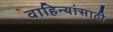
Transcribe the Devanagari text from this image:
वाहिन्यांसाठी